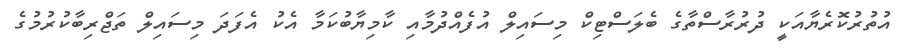
އުތުރުކޮރެޔާއަކީ ދުރުރާސްތާގެ ބެލަސްޓިކް މިސައިލް އުފެއްދުމާއި ކާމިޔާބުކަމާ އެކު އެފަދަ މިސައިލް ތަޖްރިބާކުރުމުގެ